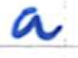
Text: a
Cross-out: clean
Writing tool: ballpoint